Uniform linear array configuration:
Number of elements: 4
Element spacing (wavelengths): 0.5
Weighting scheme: hann
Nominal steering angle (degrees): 60
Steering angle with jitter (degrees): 61.507
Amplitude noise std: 0.05
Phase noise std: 0.05

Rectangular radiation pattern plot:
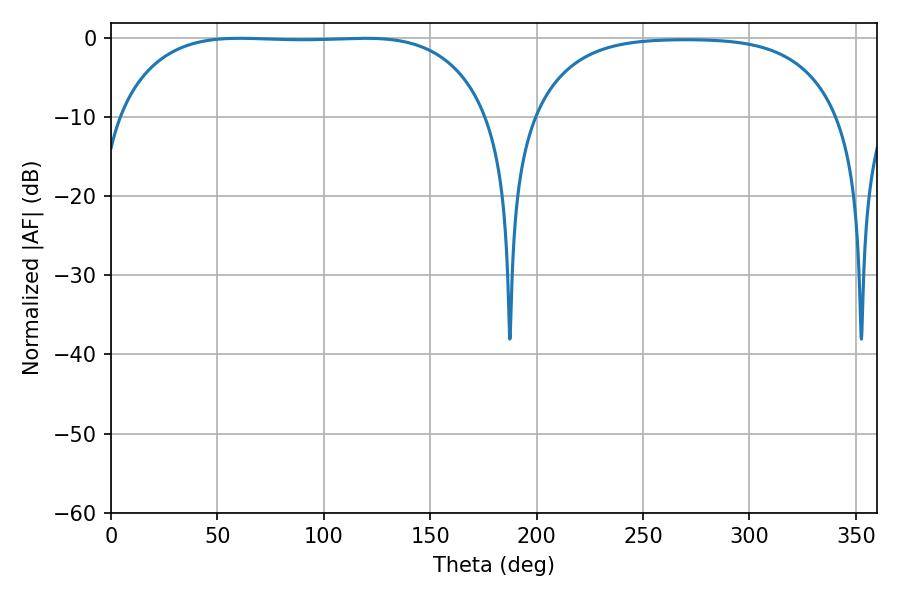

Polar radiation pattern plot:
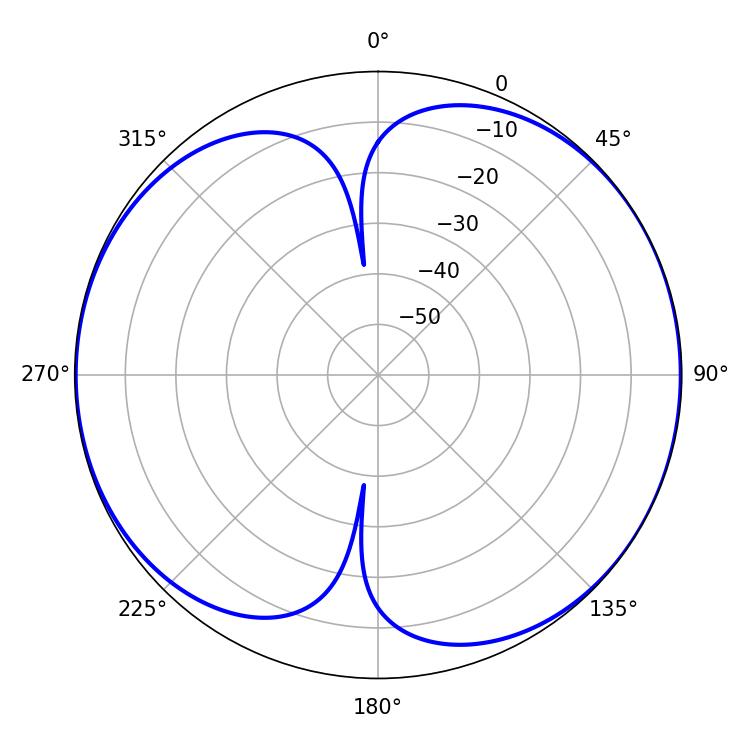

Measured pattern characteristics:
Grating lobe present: FALSE
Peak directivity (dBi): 7.531
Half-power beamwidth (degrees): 136.44
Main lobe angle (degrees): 60.48